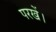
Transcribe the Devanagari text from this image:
परखें।